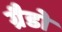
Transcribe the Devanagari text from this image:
ग्रैडो